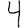
Digit: 4